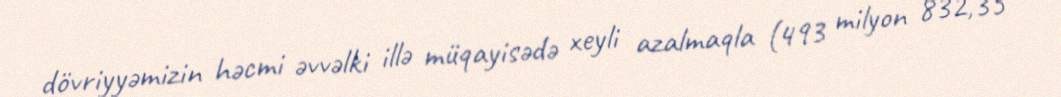
dövriyyəmizin həcmi əvvəlki illə müqayisədə xeyli azalmaqla (493 milyon 832,35